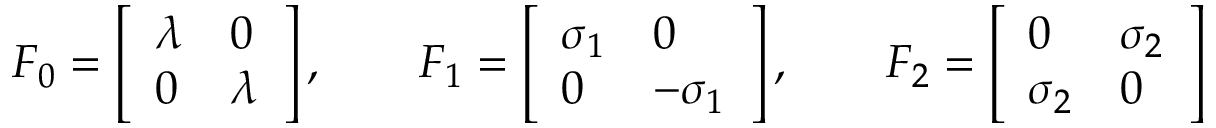
\qquad F _ { 0 } = \left[ \begin{array} { l l } { \lambda } & { 0 } \\ { 0 } & { \lambda } \end{array} \right] , \qquad F _ { 1 } = \left[ \begin{array} { l l } { \sigma _ { 1 } } & { 0 } \\ { 0 } & { - \sigma _ { 1 } } \end{array} \right] , \qquad F _ { 2 } = \left[ \begin{array} { l l } { 0 } & { \sigma _ { 2 } } \\ { \sigma _ { 2 } } & { 0 } \end{array} \right]